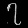
Digit: ၇